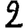
Digit: 2